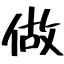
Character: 做